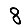
Digit: 8